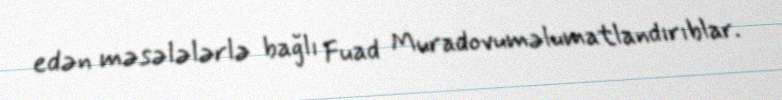
edən məsələlərlə bağlı Fuad Muradovuməlumatlandırıblar.